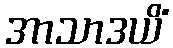
အာသာဒယိံ